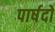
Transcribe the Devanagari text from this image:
पार्षदो